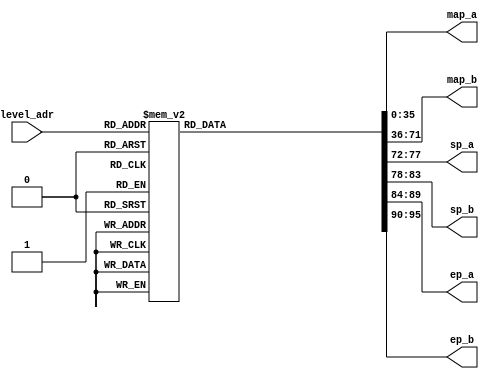
/*
   This file was generated automatically by the Mojo IDE version B1.3.6.
   Do not edit this file directly. Instead edit the original Lucid source.
   This is a temporary file and any changes made to it will be destroyed.
*/

module map_rom_2 (
    input [3:0] level_adr,
    output reg [35:0] map_a,
    output reg [35:0] map_b,
    output reg [5:0] sp_a,
    output reg [5:0] sp_b,
    output reg [5:0] ep_a,
    output reg [5:0] ep_b
  );
  
  
  
  always @* begin
    
    case (level_adr)
      1'h1: begin
        map_a = 36'hfe1d6197f;
        map_b = 36'hfe986987f;
        sp_a = 6'h21;
        sp_b = 6'h21;
        ep_a = 6'h0c;
        ep_b = 6'h0c;
      end
      2'h2: begin
        map_a = 36'hfe5c6b87f;
        map_b = 36'hfe5c6587f;
        sp_a = 6'h21;
        sp_b = 6'h21;
        ep_a = 6'h24;
        ep_b = 6'h24;
      end
      2'h3: begin
        map_a = 36'hfe1a73a7f;
        map_b = 36'hfe197397f;
        sp_a = 6'h24;
        sp_b = 6'h24;
        ep_a = 6'h09;
        ep_b = 6'h0c;
      end
      3'h4: begin
        map_a = 36'hfe186387f;
        map_b = 36'hfe986187f;
        sp_a = 6'h12;
        sp_b = 6'h1b;
        ep_a = 6'h1b;
        ep_b = 6'h12;
      end
      3'h5: begin
        map_a = 36'hfe196187f;
        map_b = 36'hff38618ff;
        sp_a = 6'h11;
        sp_b = 6'h0a;
        ep_a = 6'h19;
        ep_b = 6'h1b;
      end
      3'h6: begin
        map_a = 36'hfe186187f;
        map_b = 36'hfe1a6187f;
        sp_a = 6'h1a;
        sp_b = 6'h0c;
        ep_a = 6'h11;
        ep_b = 6'h21;
      end
      3'h7: begin
        map_a = 36'hfe186187f;
        map_b = 36'hfe1861a7f;
        sp_a = 6'h21;
        sp_b = 6'h23;
        ep_a = 6'h1c;
        ep_b = 6'h0c;
      end
      4'h8: begin
        map_a = 36'hfe186187f;
        map_b = 36'hfe187187f;
        sp_a = 6'h1b;
        sp_b = 6'h12;
        ep_a = 6'h0c;
        ep_b = 6'h09;
      end
      4'h9: begin
        map_a = 36'hff186187f;
        map_b = 36'hfe1a61a7f;
        sp_a = 6'h23;
        sp_b = 6'h23;
        ep_a = 6'h1a;
        ep_b = 6'h0a;
      end
      4'ha: begin
        map_a = 36'hfe1c6187f;
        map_b = 36'hfe1a6187f;
        sp_a = 6'h1a;
        sp_b = 6'h1a;
        ep_a = 6'h0b;
        ep_b = 6'h22;
      end
      4'hb: begin
        map_a = 36'hfe987187f;
        map_b = 36'hfe1a6187f;
        sp_a = 6'h1a;
        sp_b = 6'h1c;
        ep_a = 6'h09;
        ep_b = 6'h21;
      end
      4'hc: begin
        map_a = 36'hfe186587f;
        map_b = 36'hfe1a6187f;
        sp_a = 6'h0b;
        sp_b = 6'h0c;
        ep_a = 6'h1b;
        ep_b = 6'h0a;
      end
      4'hd: begin
        map_a = 36'hfe19618ff;
        map_b = 36'hfe1c6387f;
        sp_a = 6'h21;
        sp_b = 6'h21;
        ep_a = 6'h1c;
        ep_b = 6'h19;
      end
      4'he: begin
        map_a = 36'hfe1a6397f;
        map_b = 36'hfe586187f;
        sp_a = 6'h21;
        sp_b = 6'h21;
        ep_a = 6'h14;
        ep_b = 6'h12;
      end
      4'hf: begin
        map_a = 36'hfe1a6587f;
        map_b = 36'hfe196987f;
        sp_a = 6'h1a;
        sp_b = 6'h12;
        ep_a = 6'h13;
        ep_b = 6'h1b;
      end
      default: begin
        map_a = 36'hfe186187f;
        map_b = 36'hfe186187f;
        sp_a = 6'h21;
        sp_b = 6'h1c;
        ep_a = 6'h1b;
        ep_b = 6'h13;
      end
    endcase
  end
endmodule